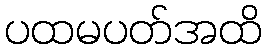
ပထမပတ်အထိ